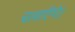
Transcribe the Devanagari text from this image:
चलाएँगे।